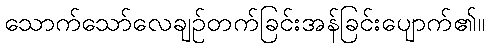
သောက်သော်လေချဉ်တက်ခြင်းအန်ခြင်းပျောက်၏။